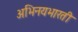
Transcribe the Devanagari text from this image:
अभिनयभारती